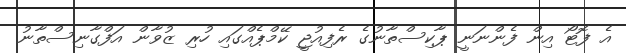
އެ ފޮޓޯ އިން ފެންނަނީ ޕާކިސްތާނުގެ ރެފިއުޖީ ކޭމްޕެއްގައި ހުރި ޒުވާން އަފްގާނިސްތާނު